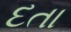
દતા